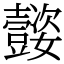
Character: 𡤜